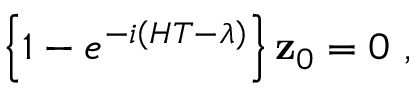
\left\{ 1 - e ^ { - i \left( H T - \lambda \right) } \right\} { \bf z } _ { 0 } = 0 \ ,